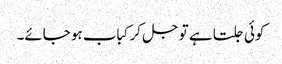
کوئی جلتا ہے تو جل کر کباب ہو جائے۔